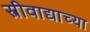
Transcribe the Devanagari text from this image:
स्त्रीवाद्याच्या